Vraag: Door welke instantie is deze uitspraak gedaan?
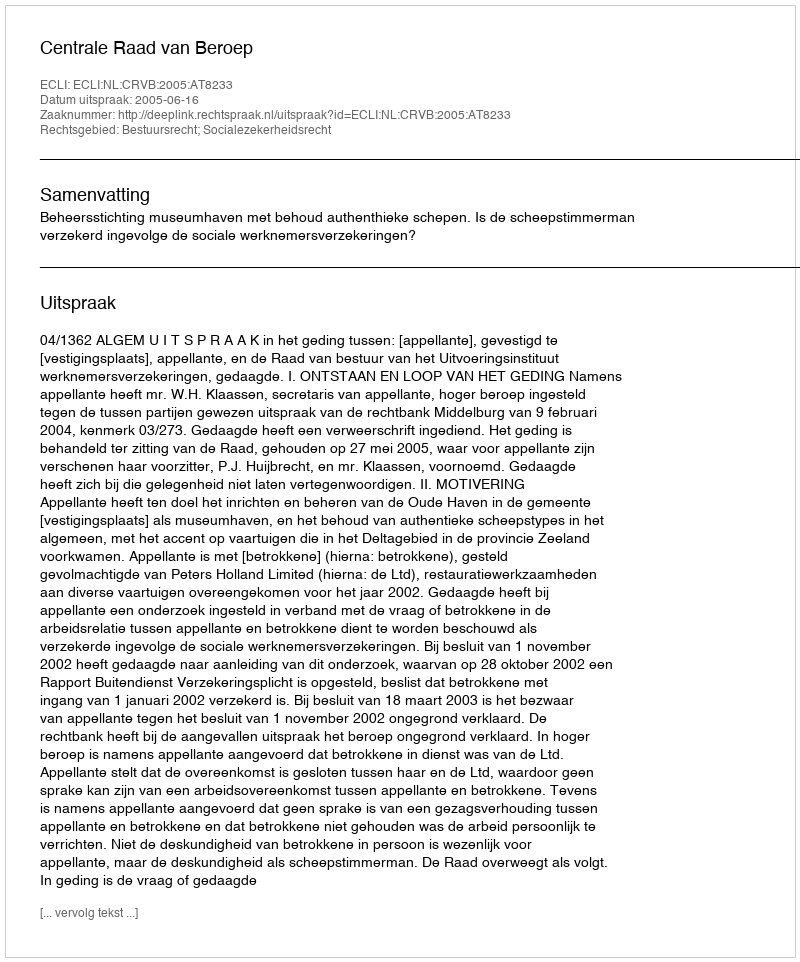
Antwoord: Centrale Raad van Beroep